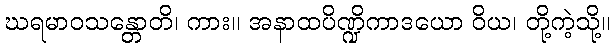
ဃရမာဝသန္တောတိ၊ ကား။ အနာထပိဏ္ဍိကာဒယော ဝိယ၊ တို့ကဲ့သို့။